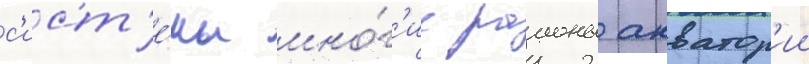
с'ист'е́мы мно́г'ие раионы акватор'ии